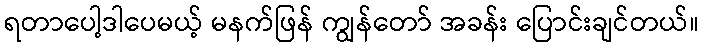
ရတာပေါ့ဒါပေမယ့် မနက်ဖြန် ကျွန်တော် အခန်း ပြောင်းချင်တယ်။